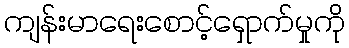
ကျန်းမာရေးစောင့်ရှောက်မှုကို